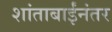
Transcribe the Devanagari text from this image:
शांताबाईंनंतर